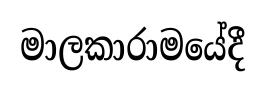
මාලකාරාමයේදී